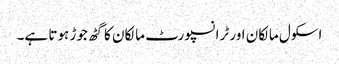
اسکول مالکان اور ٹرانسپورٹ مالکان کا گٹھ جوڑ ہوتا ہے۔